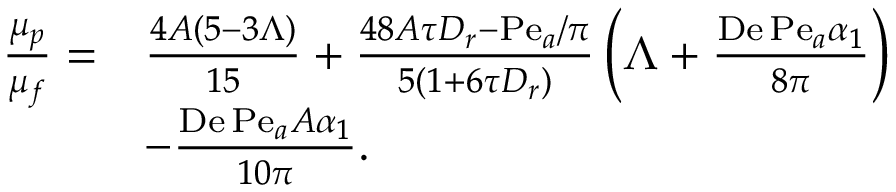
\begin{array} { r l } { \frac { \mu _ { p } } { \mu _ { f } } = } & { \frac { 4 A ( 5 - 3 \Lambda ) } { 1 5 } + \frac { 4 8 A \tau D _ { r } - \mathrm { P e } _ { a } / \pi } { 5 \left( 1 + 6 \tau D _ { r } \right) } \left( \Lambda + \frac { \mathrm { D e } \, \mathrm { P e } _ { a } \alpha _ { 1 } } { 8 \pi } \right) } \\ & { - \frac { \mathrm { D e } \, \mathrm { P e } _ { a } A \alpha _ { 1 } } { 1 0 \pi } . } \end{array}